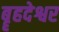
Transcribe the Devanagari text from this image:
बॄहदेश्वर